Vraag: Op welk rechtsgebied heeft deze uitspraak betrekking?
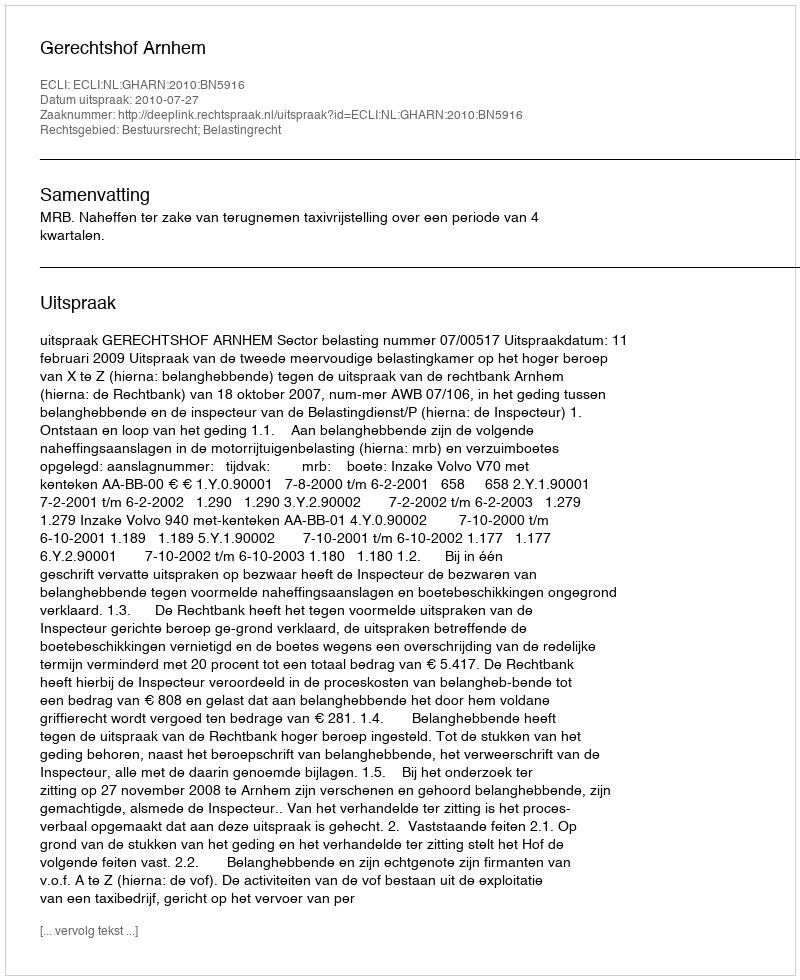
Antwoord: Bestuursrecht; Belastingrecht